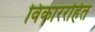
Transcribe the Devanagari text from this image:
विकाररहित